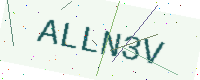
Text: ALLN3V